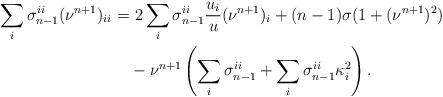
LaTeX: \begin{align*}\sum_i \sigma_{n-1}^{ii}(\nu^{n+1})_{ii} =&\ 2\sum_i \sigma_{n-1}^{ii}\frac{u_i}{u} (\nu^{n+1})_i+(n-1)\sigma (1+(\nu^{n+1})^2)\\&-\nu^{n+1}\left(\sum_i \sigma_{n-1}^{ii}+\sum_i \sigma_{n-1}^{ii}\kappa_i^2\right).\end{align*}